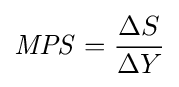
{\mathit {MPS}}={\frac {\Delta S}{\Delta Y}}